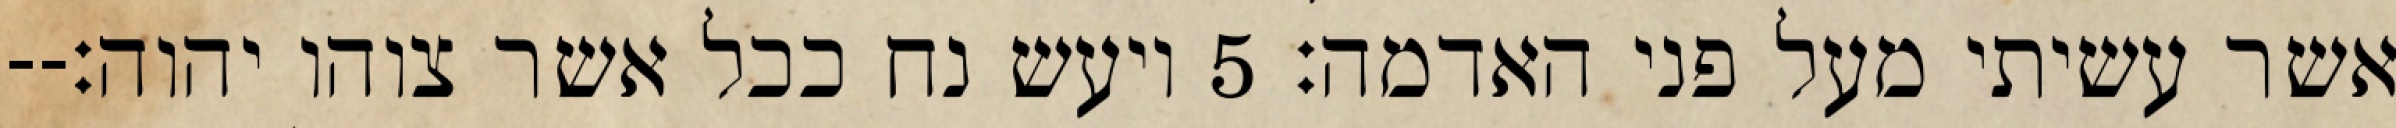
אשר עשיתי מעל פני האדמה׃ ‎5‏ ויעש נח ככל אשר צוהו יהוה׃--